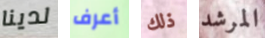
لدينا أعرف ذلك المرشد